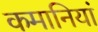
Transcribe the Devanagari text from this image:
कमानियां